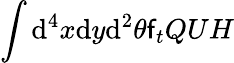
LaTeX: \int\mathrm{d}^{4}x\mathrm{d}y\mathrm{d}^{2}\theta\mathsf{f}_{t}QUH